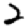
Digit: 2